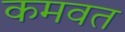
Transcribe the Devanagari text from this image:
कमवत